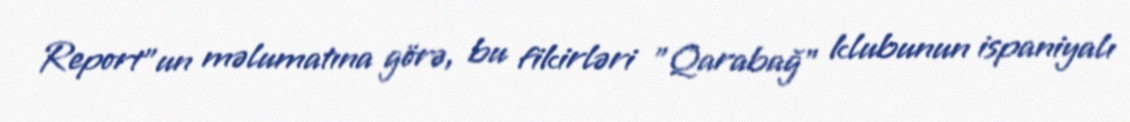
Report"un məlumatına görə, bu fikirləri "Qarabağ" klubunun ispaniyalı